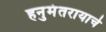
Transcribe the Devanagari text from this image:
हनुमंतरायाचे